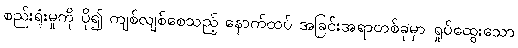
စည်းရုံးမှုကို ပို၍ ကျစ်လျစ်စေသည့် နောက်ထပ် အခြင်းအရာတစ်ခုမှာ ရှုပ်ထွေးသော